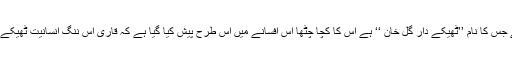
مثال کے طور پر ان کے افسانے ’’خاک کے سوا‘‘ میں ایک کر دار ہے جس کا نام ’’ٹھیکے دار گل خان ‘‘ ہے اس کا کچا چٹھا اس افسانے میں اس طرح پیش کیا گیا ہے کہ قاری اس ننگ انسانیت ٹھیکے دار گل خان کی بد اعمالیوں اور قبیح کر دار سے نفرت کرنے لگتا ہے۔